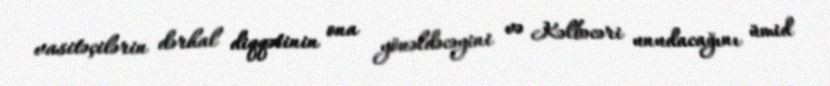
vasitəçilərin dərhal diqqətinin ona yönəldəcəyini və Kəlbəcəri unudacağını ümid